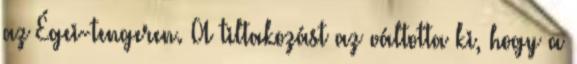
az Égei-tengeren. A tiltakozást az váltotta ki, hogy a